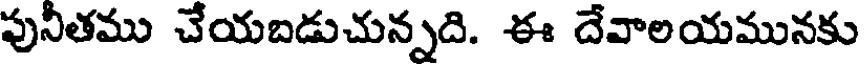
పునీతము చేయబడుచున్నది. ఈ దేవాలయమునకు